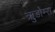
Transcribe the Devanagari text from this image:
ऋुडोम्स